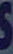
S